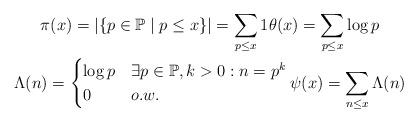
LaTeX: \begin{gather*}\pi(x)=\left|\{p\in\mathbb P\mid p\le x\}\right|=\sum_{p\le x}1\theta(x)=\sum_{p\le x}\log p\\\Lambda(n)=\begin{cases}\log p&\exists p\in\mathbb P,k>0:n=p^k\\0&o.w.\end{cases}\psi(x)=\sum_{n\le x}\Lambda(n)\end{gather*}